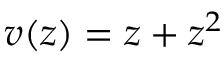
v ( z ) = z + z ^ { 2 }